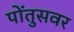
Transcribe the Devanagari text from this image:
पोंतुसवर